65_HS1-834228961_62-HQ-83894_Section_7
Agency: FBI
Page 183
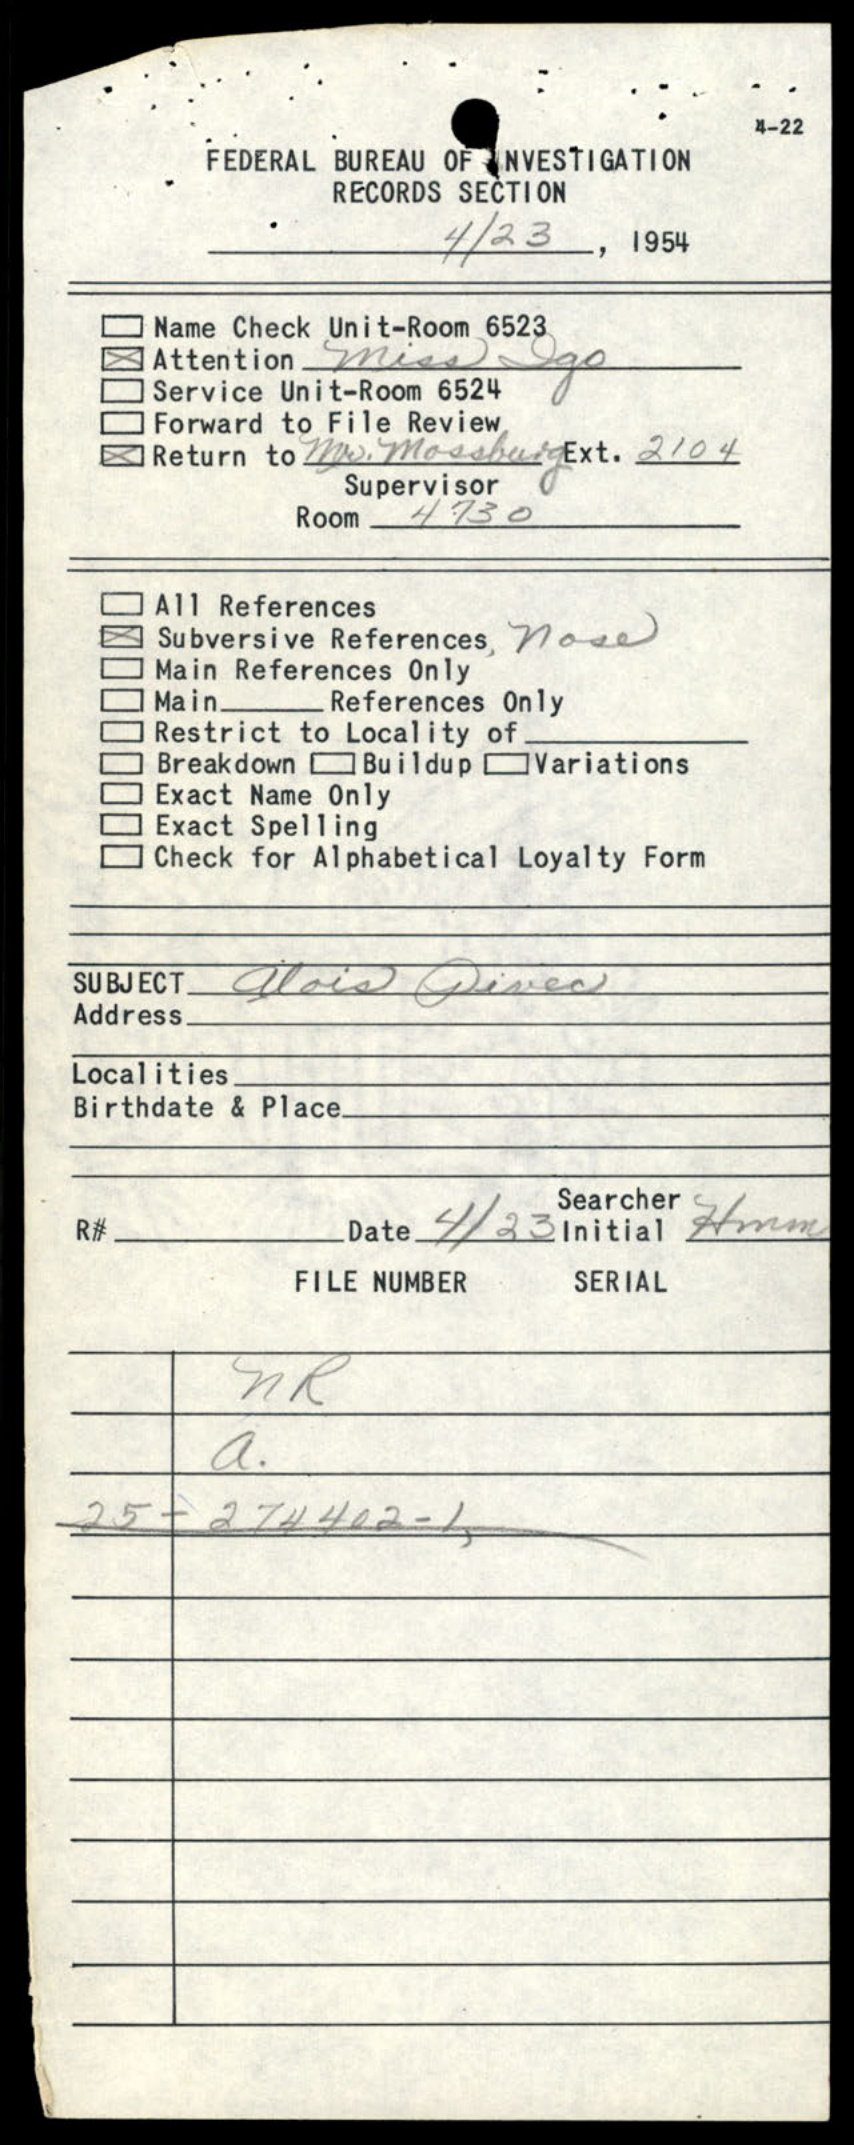